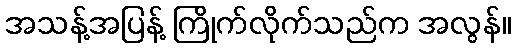
အသန့်အပြန့် ကြိုက်လိုက်သည်က အလွန်။